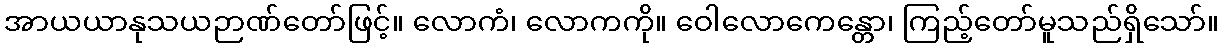
အာယယာနုသယဉာဏ်တော်ဖြင့်။ လောကံ၊ လောကကို။ ဝေါလောကေန္တော၊ ကြည့်တော်မူသည်ရှိသော်။